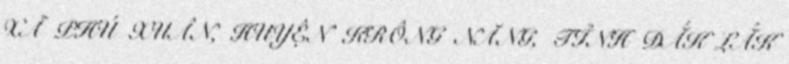
XÃ PHÚ XUÂN, HUYỆN KRÔNG NĂNG, TỈNH ĐẮK LẮK